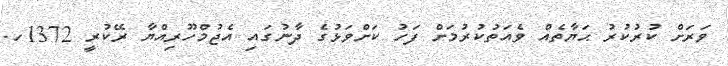
ވަރަށް ކުރުކުރު ޙަޔާތެއް ވެއަތުކުރުމަށް ފަހު ކަށްވަޅުގެ ދާނުގައި އެޖުމްހޫރިއްޔާ ރޭކުރީ 1372ހ.